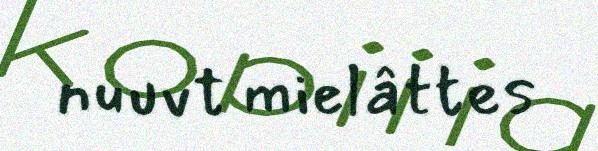
nuuvt mielâttes